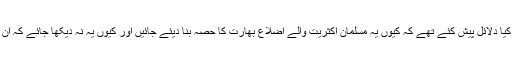
البتہ یہ جائزہ لینا ضروری ہے کہ کانگرس نے کیا دلائل پیش کئے تھے کہ کیوں یہ مسلمان اکثریت والے اضلاع بھارت کا حصہ بنا دیئے جائیں اور کیوں یہ نہ دیکھا جائے کہ ان کی اکثریت کس ملک میں شامل ہونا چاہتی ہے؟